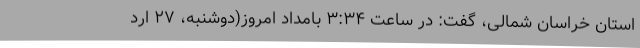
استان خراسان شمالی، گفت: در ساعت ۳:۳۴ بامداد امروز(دوشنبه، ۲۷ ارد